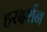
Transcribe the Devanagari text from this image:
हरदर्शन